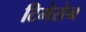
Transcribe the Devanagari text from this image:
टिमेसेन